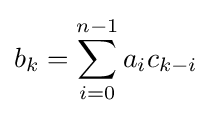
b_{k}=\sum _{i=0}^{n-1}a_{i}c_{k-i}